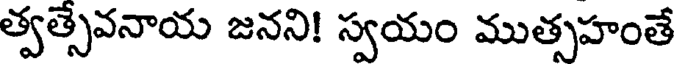
త్వత్సేవనాయ జనని! స్వయం ముత్సహంతే